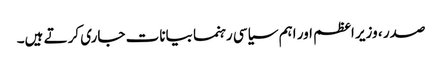
صدر ، وزیر اعظم اور اہم سیاسی رہنما بیانات جاری کرتے ہیں۔